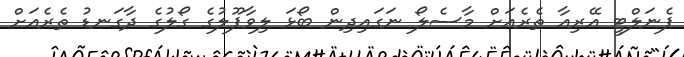
ޕެނަލްޓީ އޭރިއާ ތެރެއަށް މާސެލޯ ނަގައިދިން ބޯޅަ ލިވާޕޫލުގެ ގޯލުގެ ދާގަނޑު ތެރެއަށް